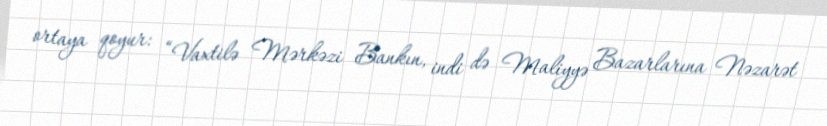
ortaya qoyur: “Vaxtilə Mərkəzi Bankın, indi də Maliyyə Bazarlarına Nəzarət